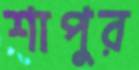
শাপুর